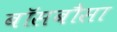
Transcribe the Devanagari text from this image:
बॉसबौसा